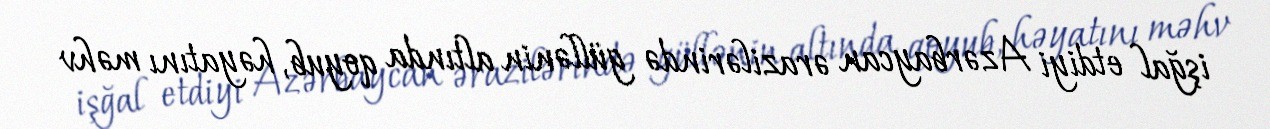
işğal etdiyi Azərbaycan ərazilərində güllənin altında qoyub, həyatını məhv